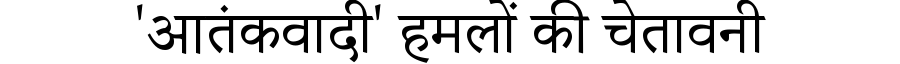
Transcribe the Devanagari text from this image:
'आतंकवादी' हमलों की चेतावनी